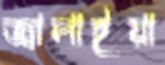
জ্বালাইয়া